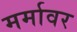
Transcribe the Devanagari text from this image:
मर्मावर